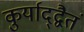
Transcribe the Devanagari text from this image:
कुर्याद्द्वैतं